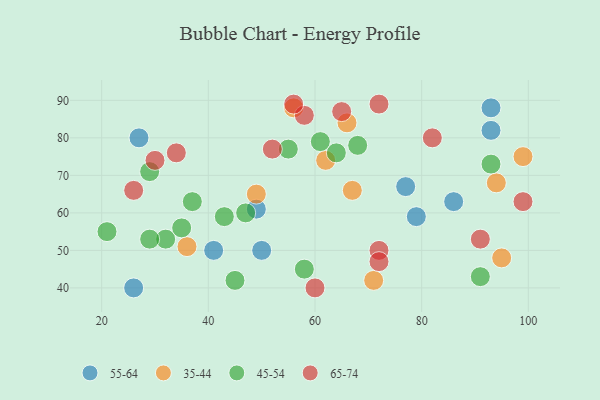
{"axis": {"x": "GDP", "y": "Life Expectancy"}, "legend": ["35-44", "45-54", "55-64", "65-74"], "data": [{"x": "93", "y": 88, "type": "55-64"}, {"x": "86", "y": 63, "type": "55-64"}, {"x": "41", "y": 50, "type": "55-64"}, {"x": "77", "y": 67, "type": "55-64"}, {"x": "93", "y": 82, "type": "55-64"}, {"x": "49", "y": 61, "type": "55-64"}, {"x": "27", "y": 80, "type": "55-64"}, {"x": "50", "y": 50, "type": "55-64"}, {"x": "79", "y": 59, "type": "55-64"}, {"x": "26", "y": 40, "type": "55-64"}, {"x": "49", "y": 65, "type": "35-44"}, {"x": "36", "y": 51, "type": "35-44"}, {"x": "67", "y": 66, "type": "35-44"}, {"x": "56", "y": 88, "type": "35-44"}, {"x": "99", "y": 75, "type": "35-44"}, {"x": "66", "y": 84, "type": "35-44"}, {"x": "62", "y": 74, "type": "35-44"}, {"x": "95", "y": 48, "type": "35-44"}, {"x": "94", "y": 68, "type": "35-44"}, {"x": "71", "y": 42, "type": "35-44"}, {"x": "93", "y": 73, "type": "45-54"}, {"x": "29", "y": 71, "type": "45-54"}, {"x": "47", "y": 60, "type": "45-54"}, {"x": "37", "y": 63, "type": "45-54"}, {"x": "58", "y": 45, "type": "45-54"}, {"x": "68", "y": 78, "type": "45-54"}, {"x": "55", "y": 77, "type": "45-54"}, {"x": "43", "y": 59, "type": "45-54"}, {"x": "32", "y": 53, "type": "45-54"}, {"x": "64", "y": 76, "type": "45-54"}, {"x": "35", "y": 56, "type": "45-54"}, {"x": "29", "y": 53, "type": "45-54"}, {"x": "21", "y": 55, "type": "45-54"}, {"x": "45", "y": 42, "type": "45-54"}, {"x": "61", "y": 79, "type": "45-54"}, {"x": "91", "y": 43, "type": "45-54"}, {"x": "58", "y": 86, "type": "65-74"}, {"x": "91", "y": 53, "type": "65-74"}, {"x": "99", "y": 63, "type": "65-74"}, {"x": "56", "y": 89, "type": "65-74"}, {"x": "82", "y": 80, "type": "65-74"}, {"x": "52", "y": 77, "type": "65-74"}, {"x": "30", "y": 74, "type": "65-74"}, {"x": "72", "y": 50, "type": "65-74"}, {"x": "26", "y": 66, "type": "65-74"}, {"x": "34", "y": 76, "type": "65-74"}, {"x": "72", "y": 89, "type": "65-74"}, {"x": "60", "y": 40, "type": "65-74"}, {"x": "72", "y": 47, "type": "65-74"}, {"x": "65", "y": 87, "type": "65-74"}]}